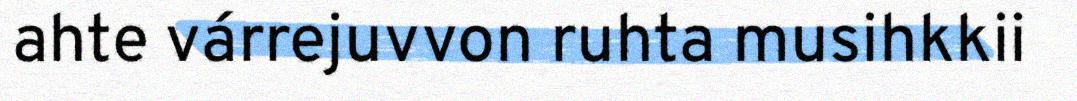
ahte várrejuvvon ruhta musihkkii